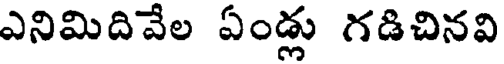
ఎనిమిదివేల ఏండ్లు గడిచినవి